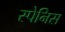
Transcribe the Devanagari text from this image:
स्पेनिस